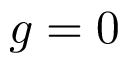
g = 0